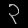
Digit: ၃